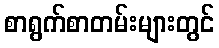
စာရွက်စာတမ်းများတွင်